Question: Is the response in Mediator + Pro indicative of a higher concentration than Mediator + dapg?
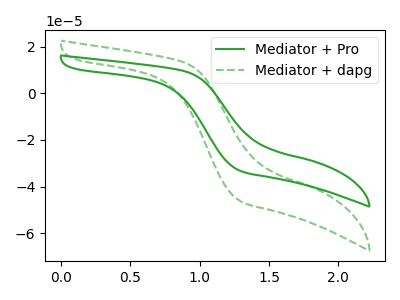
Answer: <think>The green curve "Mediator + Pro" has no peaks. The green dashed curve "Mediator + dapg" has no peaks.
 Neither "Mediator + Pro" or "Mediator + dapg" have any peaks.</think>
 <answer>I cant tell if "Mediator + Pro" or "Mediator + dapg" has more signal.</answer>
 <eval>mixed_signal</eval>